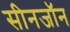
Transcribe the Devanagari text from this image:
सीनजॉन